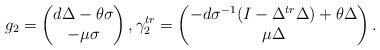
LaTeX: \begin{align*}g_2=\begin{pmatrix}d\Delta-\theta\sigma\\-\mu\sigma\end{pmatrix},\gamma_2^{tr}=\begin{pmatrix}-d\sigma^{-1}(I-\Delta^{tr}\Delta)+\theta\Delta\\\mu\Delta\end{pmatrix}.\end{align*}